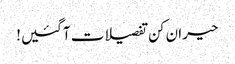
حیران کن تفصیلات آگئیں!